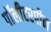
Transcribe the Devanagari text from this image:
पॉलीटरपीन